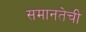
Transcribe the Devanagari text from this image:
समानतेची